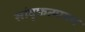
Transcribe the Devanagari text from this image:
सांवृफत्यायन